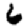
Digit: 6